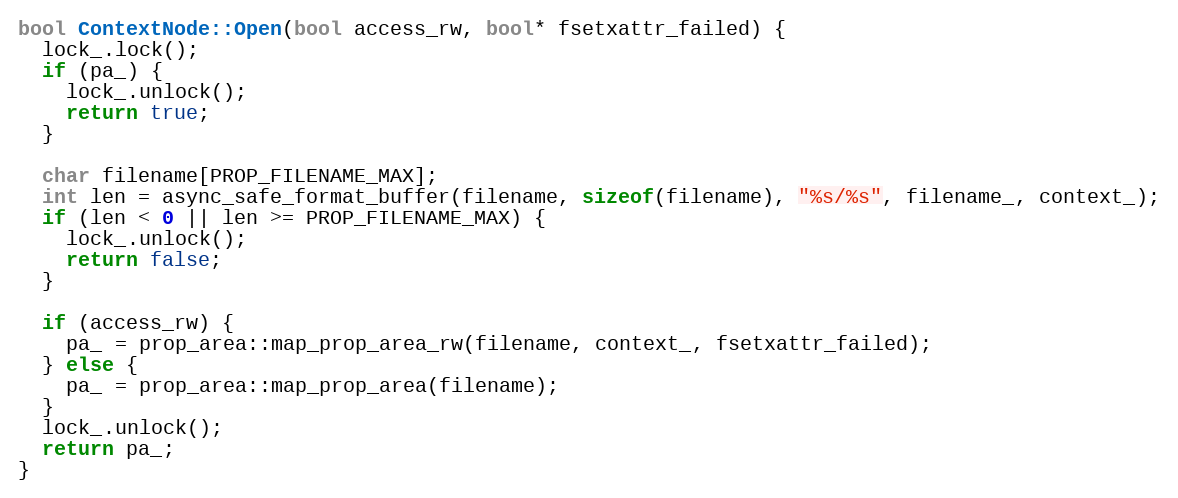
Language: C++
bool ContextNode::Open(bool access_rw, bool* fsetxattr_failed) {
  lock_.lock();
  if (pa_) {
    lock_.unlock();
    return true;
  }

  char filename[PROP_FILENAME_MAX];
  int len = async_safe_format_buffer(filename, sizeof(filename), "%s/%s", filename_, context_);
  if (len < 0 || len >= PROP_FILENAME_MAX) {
    lock_.unlock();
    return false;
  }

  if (access_rw) {
    pa_ = prop_area::map_prop_area_rw(filename, context_, fsetxattr_failed);
  } else {
    pa_ = prop_area::map_prop_area(filename);
  }
  lock_.unlock();
  return pa_;
}